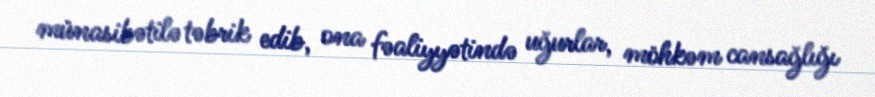
münasibətilə təbrik edib, ona fəaliyyətində uğurlar, möhkəm cansağlığı